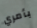
بأمري